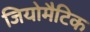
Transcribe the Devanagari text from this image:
जियोमैटिक